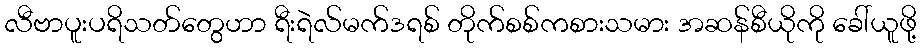
လီဗာပူးပရိသတ်တွေဟာ ရီးရဲလ်မက်ဒရစ် တိုက်စစ်ကစားသမား အဆန်စီယိုကို ခေါ်ယူဖို့